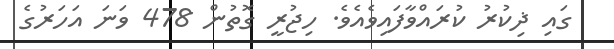
ގައި ޛިކުރު ކުރައްވާފައިވެއެވެ. ހިޖުރީ ގޮތުން 478 ވަނަ އަހަރުގެ